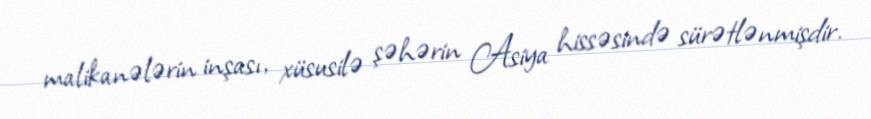
malikanələrin inşası, xüsusilə şəhərin Asiya hissəsində sürətlənmişdir.